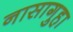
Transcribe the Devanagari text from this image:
नासागुहा